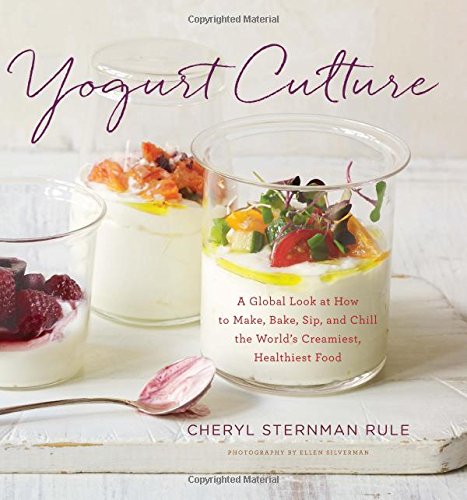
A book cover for Yogurt Culture: A Global Look at How to Make, Bake, Sip, and Chill the World's Creamiest, Healthiest Food; Cheryl Sternman Rule; Cookbooks, Food & Wine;